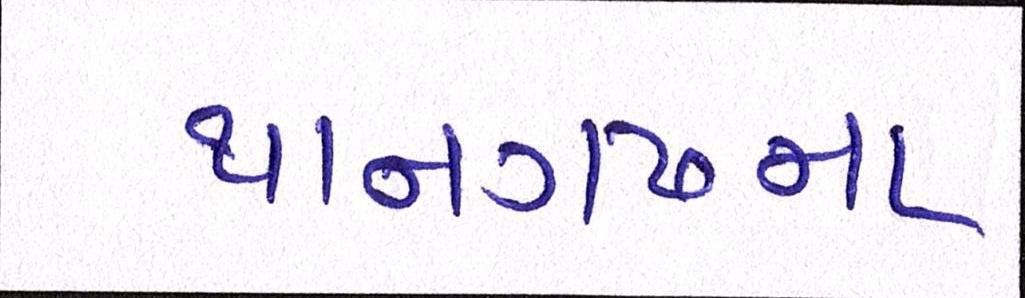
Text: થાનગઢના